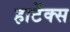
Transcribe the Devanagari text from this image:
हार्टेक्स